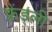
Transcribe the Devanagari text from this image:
फ्रेंड्ली